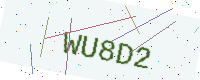
Text: WU8D2